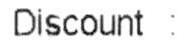
DISCOUNT :